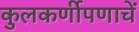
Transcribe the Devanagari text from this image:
कुलकर्णीपणाचें